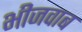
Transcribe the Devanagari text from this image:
भीजवाब